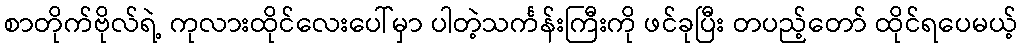
စာတိုက်ဗိုလ်ရဲ့ ကုလားထိုင်လေးပေါ်မှာ ပါတဲ့သင်္ကန်းကြီးကို ဖင်ခုပြီး တပည့်တော် ထိုင်ရပေမယ့်